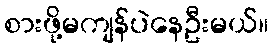
စားဖို့မကျန်ပဲနေဦးမယ်။